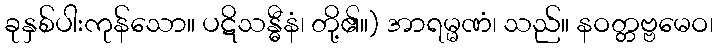
ခုနှစ်ပါးကုန်သော။ ပဋိသန္ဓီနံ၊ တို့၏။) အာရမ္မဏံ၊ သည်။ နဝတ္တဗ္ဗမေဝ၊